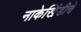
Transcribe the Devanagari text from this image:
नाकेखिंडीचे